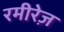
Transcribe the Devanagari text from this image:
रमीरेज़